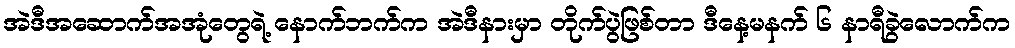
အဲဒီအဆောက်အအုံတွေရဲ့ နောက်ဘက်က အဲဒီနားမှာ တိုက်ပွဲဖြစ်တာ ဒီနေ့မနက် ၆ နာရီခွဲလောက်က